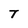
Character: T